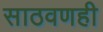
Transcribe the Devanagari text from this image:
साठवणही